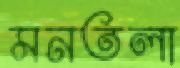
মনতলা